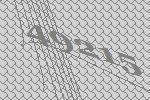
49215